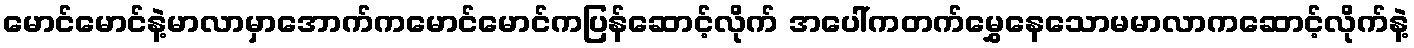
မောင်မောင်နဲ့မာလာမှာအောက်ကမောင်မောင်ကပြန်ဆောင့်လိုက် အပေါ်ကတက်မွှေနေသောမမာလာကဆောင့်လိုက်နဲ့